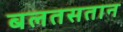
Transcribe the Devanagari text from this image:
बलतसतान